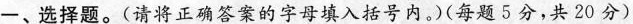
一、选择题。(请将正确答案的字母填入括号内。(每题5分，共20分)